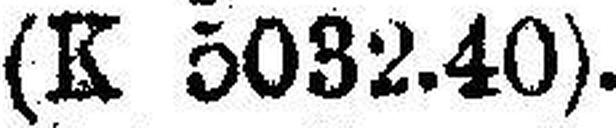
(K 5032.40).